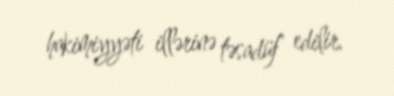
hakimiyyəti illərinə təsadüf edilir.